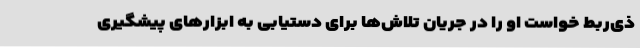
ذی‌ربط خواست او را در جریان تلاش‌ها برای دستیابی به ابزارهای پیشگیری